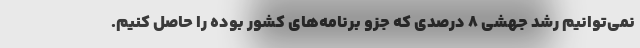
نمی‌توانیم رشد جهشی 8 درصدی که جزو برنا‌مه‌های کشور بوده را حاصل کنیم.